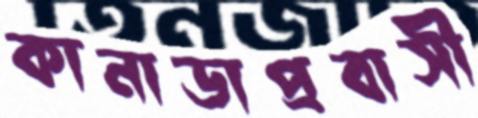
কানাডাপ্রবাসী